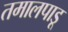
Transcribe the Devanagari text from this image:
तमालपाडू